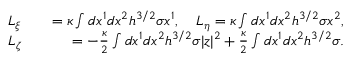
\begin{array} { r l r } { L _ { \xi } } & { } & { = \kappa \int d x ^ { 1 } d x ^ { 2 } h ^ { 3 / 2 } \sigma x ^ { 1 } , \quad L _ { \eta } = \kappa \int d x ^ { 1 } d x ^ { 2 } h ^ { 3 / 2 } \sigma x ^ { 2 } , } \\ { L _ { \zeta } } & { } & { = - \frac { \kappa } { 2 } \int d x ^ { 1 } d x ^ { 2 } h ^ { 3 / 2 } \sigma | z | ^ { 2 } + \frac { \kappa } { 2 } \int d x ^ { 1 } d x ^ { 2 } h ^ { 3 / 2 } \sigma . } \end{array}